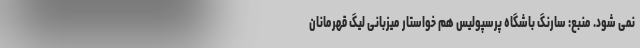
نمی شود. منبع: سارنگ باشگاه پرسپولیس هم خواستار میزبانی لیگ قهرمانان